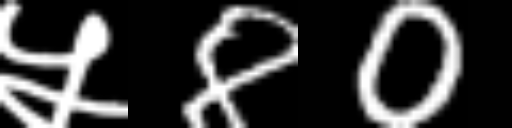
Text: ५80